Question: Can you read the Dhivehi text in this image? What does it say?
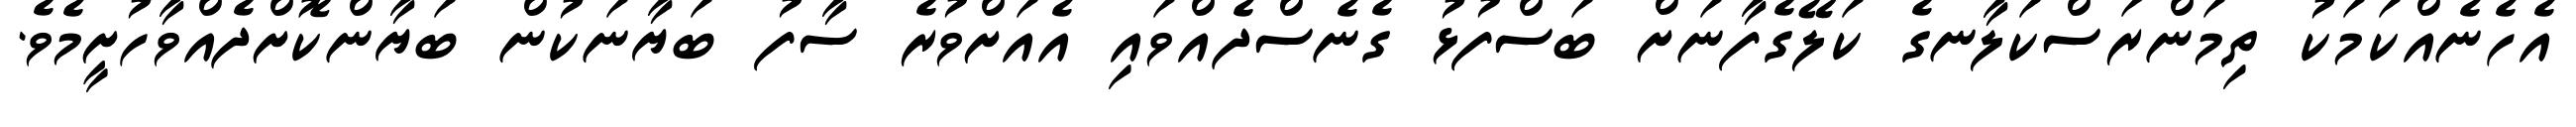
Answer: އެހެނެއްކަމަކު ތިމަންރަސްކަލާނގެ ކަލޭގެފާނަށް ބަސްފުޅު ގެނެސްދެއްވައި އެއަށްވުރެ ސާފު ބަޔާނަކުން ބަޔާންކޮށްދެއްވާހުށީމެވެ.